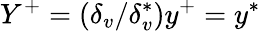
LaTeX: Y^{+}=(\delta_{v}/\delta_{v}^{*})y^{+}=y^{*}